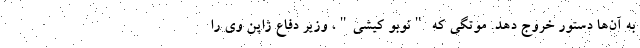
به آن‌ها دستور خروج دهد. موتگی که "نوبو کیشی"، وزیر دفاع ژاپن وی را